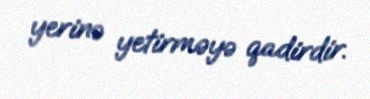
yerinə yetirməyə qadirdir.